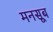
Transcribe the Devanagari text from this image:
मनसूब